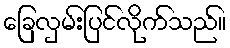
ခြေလှမ်းပြင်လိုက်သည်။